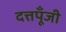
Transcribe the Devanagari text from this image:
दत्तपूँजी